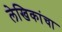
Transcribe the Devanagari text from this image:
लेखिकांचा